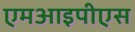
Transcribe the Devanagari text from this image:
एमआइपीएस